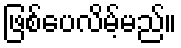
ဖြစ်ပေလိမ့်မည်။